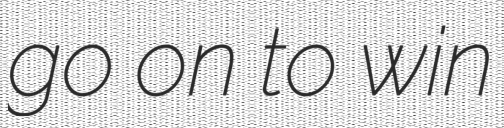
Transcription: go on to win